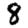
Digit: 8